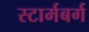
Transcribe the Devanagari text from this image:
स्टार्मबर्ग